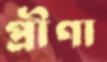
প্রীণা